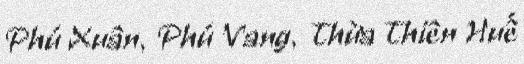
Phú Xuân, Phú Vang, Thừa Thiên Huế